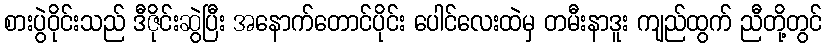
စားပွဲဝိုင်းသည် ဒီဇိုင်းဆွဲပြီး အနောက်တောင်ပိုင်း ပေါင်လေးထဲမှ တမီးနာဒူး ကျည်ထွက် ညီတို့တွင်